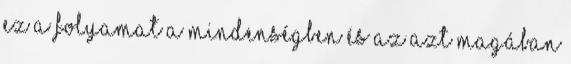
Ez a folyamat a mindenségben és az azt magában